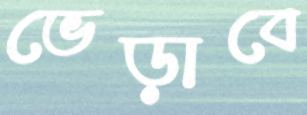
ভেড়াবে